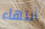
أنتهاء